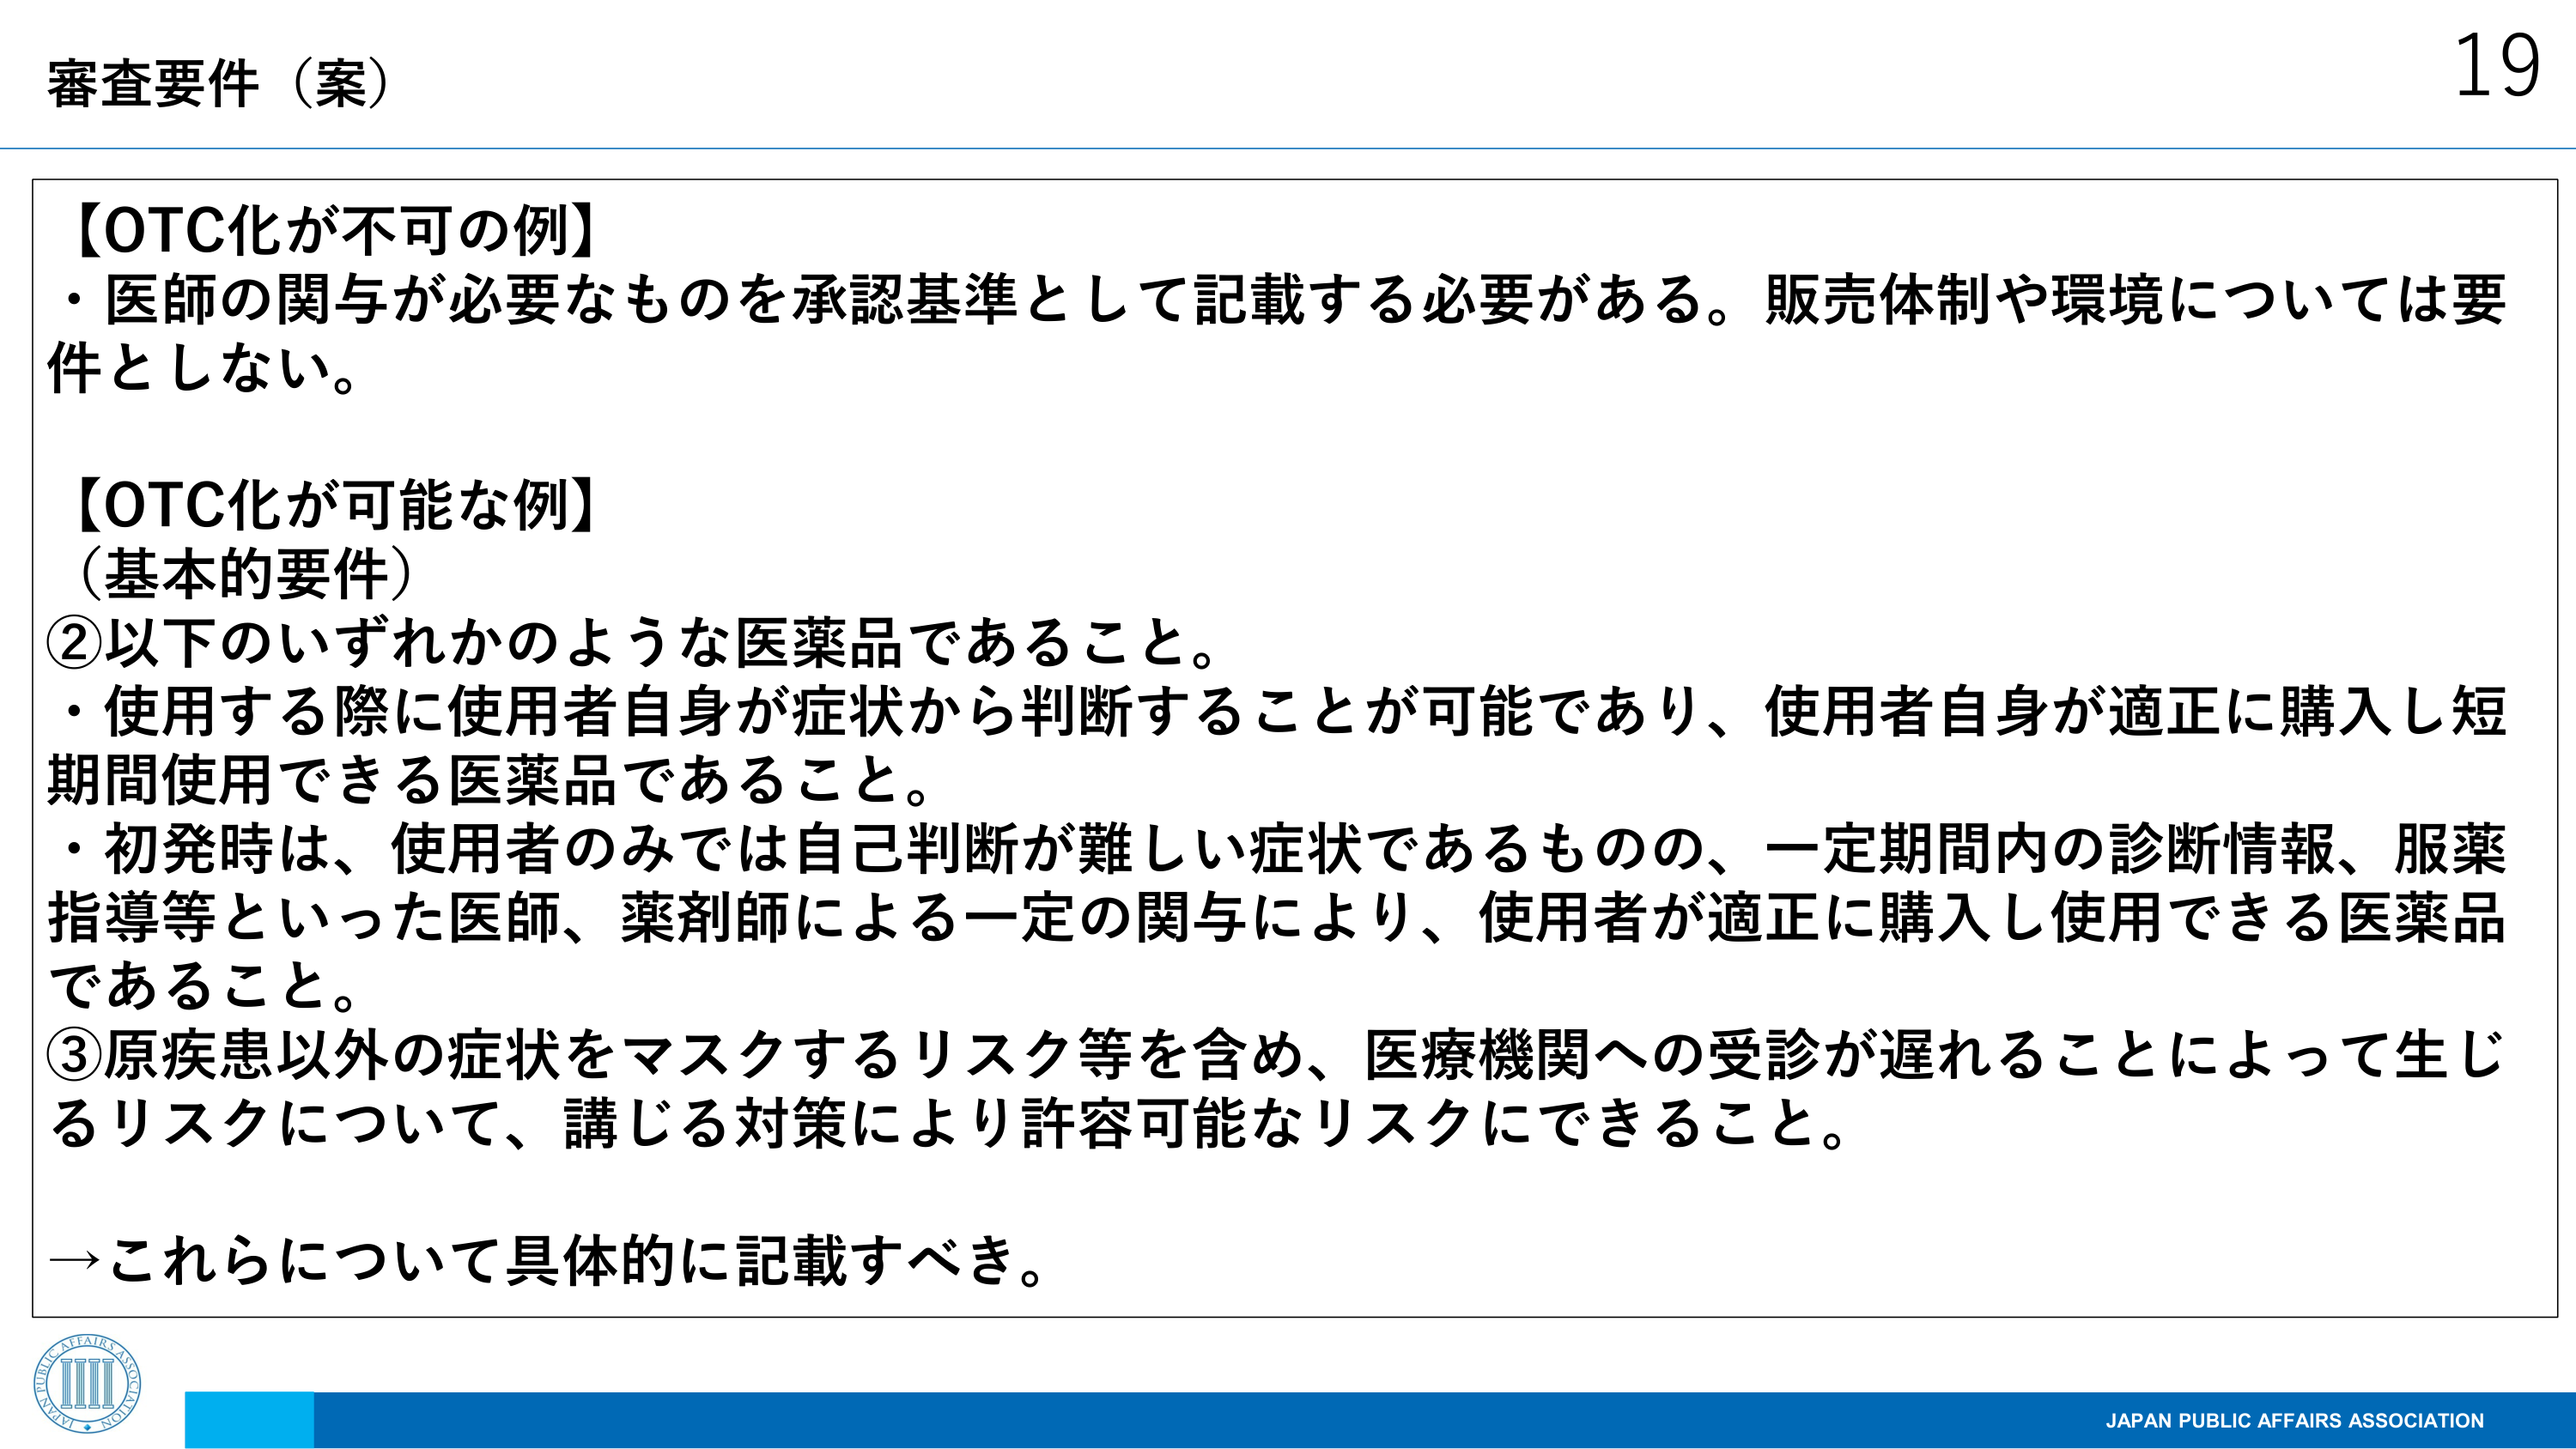
審査要件（案）

【OTC化が不可の例】
・医師の関与が必要なものを承認基準として記載する必要がある。販売体制や環境については要件としない。

【OTC化が可能な例】
（基本的要件）
②以下のいずれかのような医薬品であること。
・使用する際に使用者自身が症状から判断することが可能であり、使用者自身が適正に購入し短期間使用できる医薬品であること。
・初発時は、使用者のみでは自己判断が難しい症状であるものの、一定期間内の診断情報、服薬指導等といった医師、薬剤師による一定の関与により、使用者が適正に購入し使用できる医薬品であること。
③原疾患以外の症状をマスクするリスク等を含め、医療機関への受診が遅れることによって生じるリスクについて、講じる対策により許容可能なリスクにできること。

→これらについて具体的に記載すべき。

19
JAPAN PUBLIC AFFAIRS ASSOCIATION